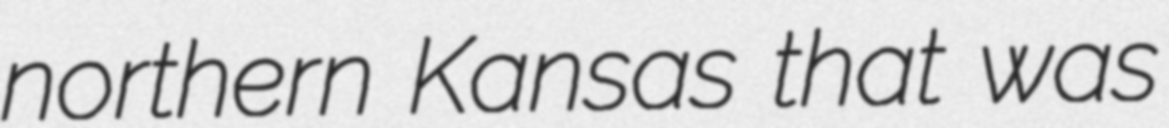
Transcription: northern Kansas that was